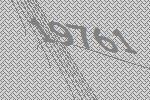
19761